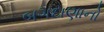
બગદાણાનો